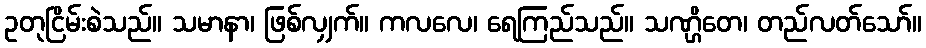
ဥတုငြိမ်းစဲသည်။ သမာနာ၊ ဖြစ်လျှက်။ ကလလေ၊ ရေကြည်သည်။ သဏ္ဌိတေ၊ တည်လတ်သော်။